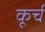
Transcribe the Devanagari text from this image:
कूर्च